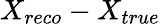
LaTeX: X_{reco}-X_{true}